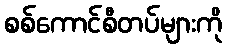
စစ်ကောင်စီတပ်များကို